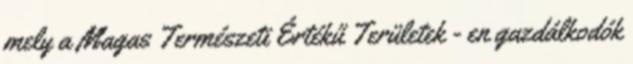
mely a Magas Természeti Értékű Területek - en gazdálkodók